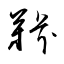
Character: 鞐